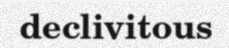
declivitous